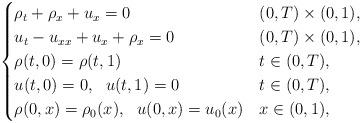
LaTeX: \begin{align*}\begin{cases}\rho_t+\rho_x +u_{x} =0 & (0,T)\times (0,1),\\u_{t} -u_{xx} +u_x +\rho_x =0 & (0,T)\times (0,1),\\\rho(t,0)=\rho(t,1) & t\in (0,T) , \\u(t,0)=0, \ \ u(t,1)=0 & t\in (0,T) ,\\\rho(0,x)=\rho_0(x),\ \ u(0,x)=u_0(x) & x\in(0,1),\end{cases}\end{align*}